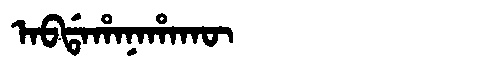
Manchu: ᠠᠪᡩᠠᡥᠠᠨᠠᡥᠠᡴᡡ
Romanization: ABDAHANAHAKŪ